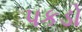
પકડો